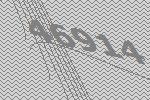
46914